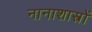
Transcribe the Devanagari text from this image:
नानाशास्त्रों